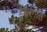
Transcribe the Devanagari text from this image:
हुअरंगास